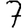
Digit: 7